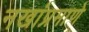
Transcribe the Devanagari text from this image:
नखांप्रमाणे